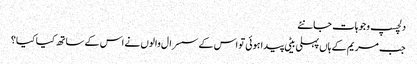
دلچسپ وجوہات جانئے
جب مریم کے ہاں پہلی بیٹی پیدا ہوئی تو اس کے سسرال والوں نے اس کے ساتھ کیا کیا؟